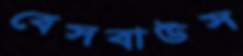
বেসবাউস